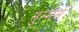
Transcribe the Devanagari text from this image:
सुम्मेर्स